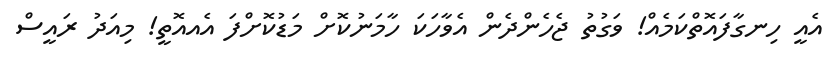
އެއީ ހިނގާފައޮތްކަމެއް! ވަގުތު ޖެހެންދެން އެވާހަކަ ހާމަނުކޮށް މަޑުކޮށްފަ އެއއޮތީ! މިއަދު ރައީސް